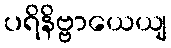
ပရိနိဗ္ဗာယေယျ